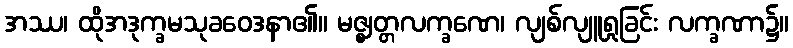
အဿ၊ ထိုအဒုက္ခမသုခဝေဒနာ၏။ မဇ္ဈတ္တလက္ခဏေ၊ လျစ်လျူရှုခြင်း လက္ခဏာ၌။